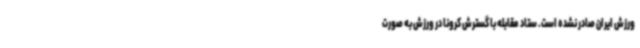
ورزش ایران صادر نشده است. ستاد مقابله با گسترش کرونا در ورزش به صورت